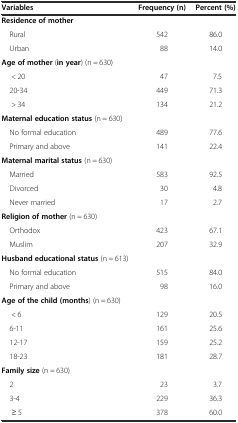
| Variables | Frequency (n) | Percent (%) |
 | --- | --- | --- |
 | Residence of mother |  |  |
 | Rural | 542 | 86.0 |
 | Urban | 88 | 14.0 |
 | Age of mother (in year) (n = 630) |  |  |
 | < 20 | 47 | 7.5 |
 | 20-34 | 449 | 71.3 |
 | > 34 | 134 | 21.2 |
 | Maternal education status (n = 630) |  |  |
 | No formal education | 489 | 77.6 |
 | Primary and above | 141 | 22.4 |
 | Maternal marital status (n = 630) |  |  |
 | Married | 583 | 92.5 |
 | Divorced | 30 | 4.8 |
 | Never married | 17 | 2.7 |
 | Religion of mother (n = 630) |  |  |
 | Orthodox | 423 | 67.1 |
 | Muslim | 207 | 32.9 |
 | Husband educational status (n = 613) |  |  |
 | No formal education | 515 | 84.0 |
 | Primary and above | 98 | 16.0 |
 | Age of the child (months) (n = 630) |  |  |
 | < 6 | 129 | 20.5 |
 | 6-11 | 161 | 25.6 |
 | 12-17 | 159 | 25.2 |
 | 18-23 | 181 | 28.7 |
 | Family size (n = 630) |  |  |
 | 2 | 23 | 3.7 |
 | 3-4 | 229 | 36.3 |
 | ≥ 5 | 378 | 60.0 |